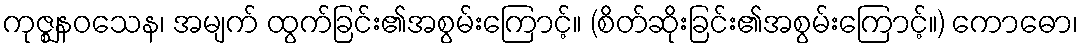
ကုဇ္ဈနဝသေန၊ အမျက် ထွက်ခြင်း၏အစွမ်းကြောင့်။ (စိတ်ဆိုးခြင်း၏အစွမ်းကြောင့်။) ကောဓော၊